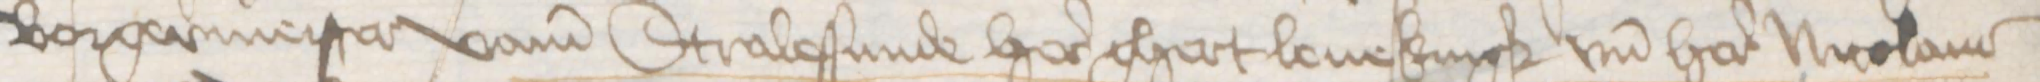
Borgermeister vame Stralessunde here Ghert Leuekingk vnd here Nicolaus